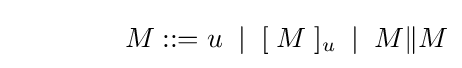
\qquad \qquad M::=u\;\mid \;[\;M\;]_{u}\;\mid \;M\|M